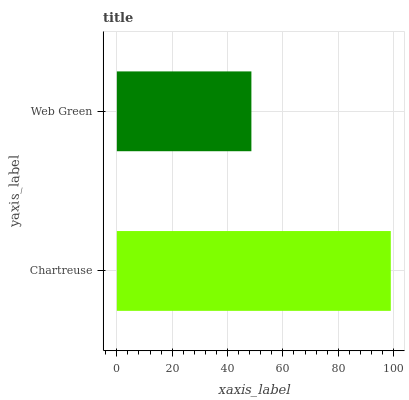
| yaxis_label | bars |
 | --- | --- |
 | Chartreuse | 99 |
 | Web Green | 48.6 |